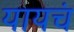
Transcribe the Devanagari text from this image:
यायचं